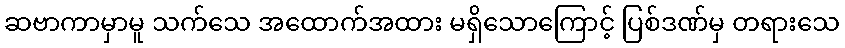
ဆဗာကာမှာမူ သက်သေ အထောက်အထား မရှိသောကြောင့် ပြစ်ဒဏ်မှ တရားသေ